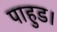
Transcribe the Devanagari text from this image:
पाहुड।